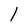
Character: 1